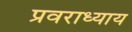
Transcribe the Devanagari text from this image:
प्रवराध्याय